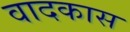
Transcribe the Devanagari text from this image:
वादकास